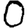
Digit: 0